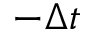
- \Delta t